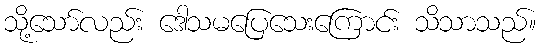
သို့သော်လည်း ဒေါသမပြေသေးကြောင်း သိသာသည်။